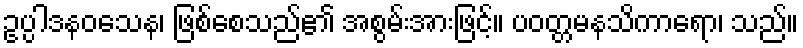
ဥပ္ပါဒနဝသေန၊ ဖြစ်စေသည်၏ အစွမ်းအားဖြင့်။ ပဝတ္တမနသိကာရော၊ သည်။